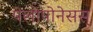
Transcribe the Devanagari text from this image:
पेलोपोनेसस्‌